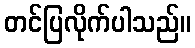
တင်ပြလိုက်ပါသည်။